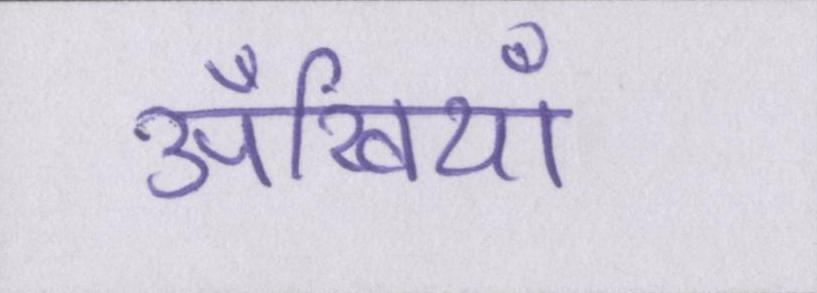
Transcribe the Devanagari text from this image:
अँखियाँ